Report on vaccination in Madras 1877-1894 - 1877-1894
Year: 1877
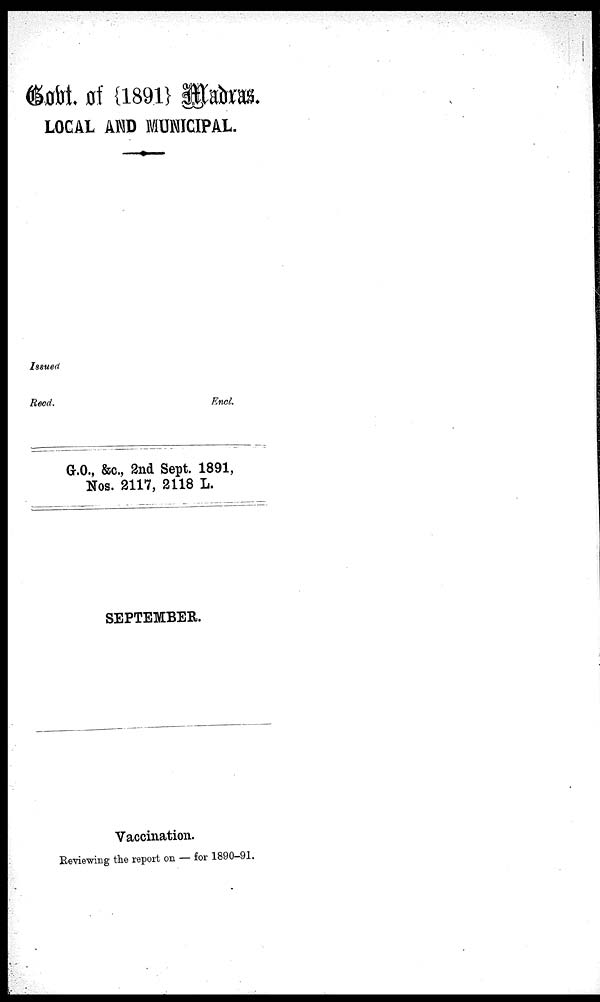
Govt. of {1891} Madras.
LOCAL AND MUNICIPAL.
Issued
Recd.
Encl.
G.O., &c., 2nd Sept. 1891,
Nos. 2117, 2118 L.
SEPTEMBER.
Vaccination.
Reviewing the report on — for 1890-91.